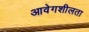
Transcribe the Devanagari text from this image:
आवेगशीलता